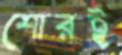
শোরই